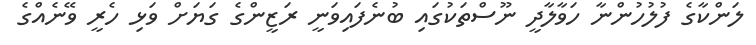
ލަންކާގެ ފުލުހުންނާ ހަވާލާދީ ނޫސްތަކުގައި ބުނެފައިވަނީ ރަޒީންގެ ގަޔަށް ވަޅި ހެރީ ވޭނެއްގެ